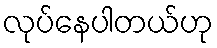
လုပ်နေပါတယ်ဟု